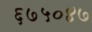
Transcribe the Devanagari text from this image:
६७५०४७